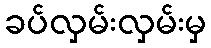
ခပ်လှမ်းလှမ်းမှ